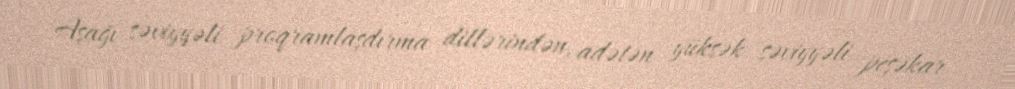
Aşağı səviyyəli proqramlaşdırma dillərindən, adətən yüksək səviyyəli peşəkar